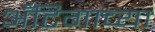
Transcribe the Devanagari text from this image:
अँटिगाच्या